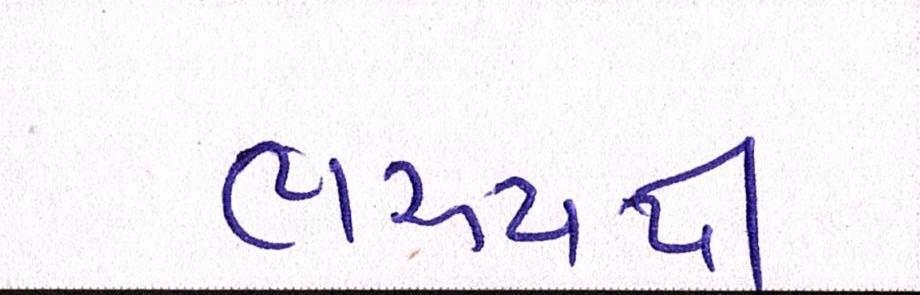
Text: ભરૂચથી